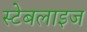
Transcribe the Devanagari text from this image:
स्टेबलाइज